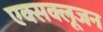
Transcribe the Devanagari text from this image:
एक्सक्लूजन